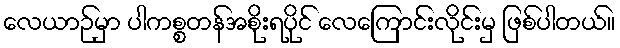
လေယာဉ်မှာ ပါကစ္စတန်အစိုးရပိုင် လေကြောင်းလိုင်းမှ ဖြစ်ပါတယ်။